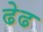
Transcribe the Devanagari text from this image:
ढेढ